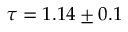
\tau = 1 . 1 4 \pm 0 . 1